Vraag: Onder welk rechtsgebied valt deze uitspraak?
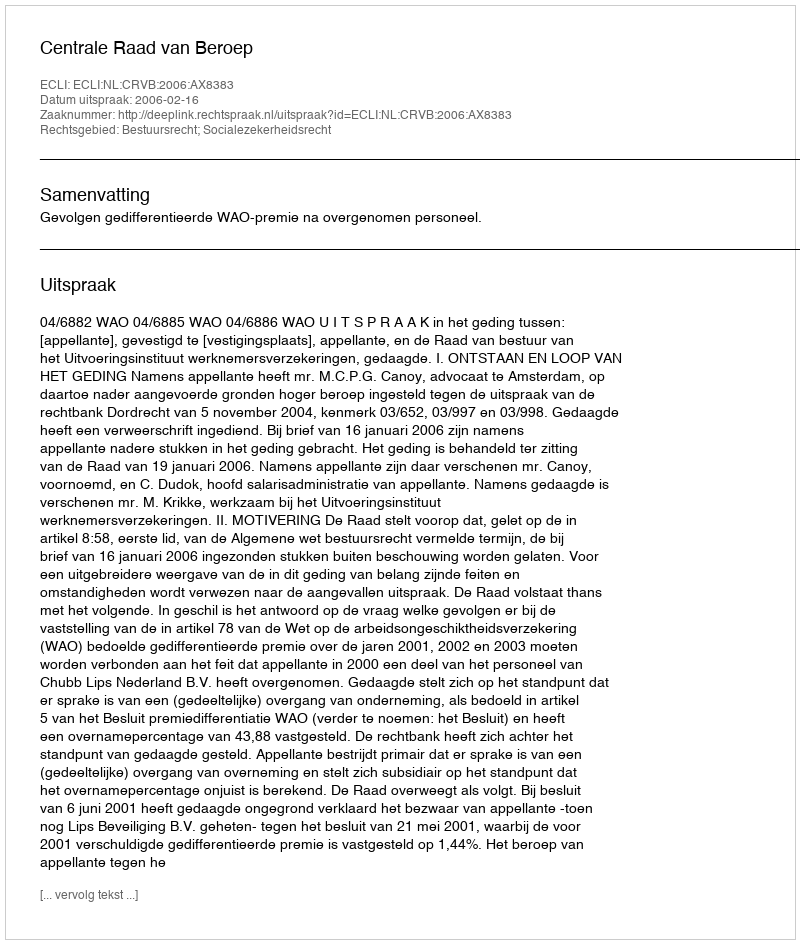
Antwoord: Bestuursrecht; Socialezekerheidsrecht